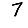
Digit: 7